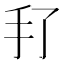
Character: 𰒻